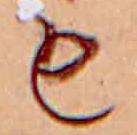
も